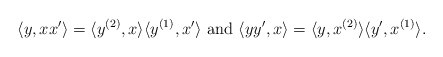
\begin{align*}&\langle y, xx'\rangle = \langle y^{(2)},x\rangle\langle y^{(1)},x' \rangle \mbox{ and }\langle yy', x\rangle = \langle y,x^{(2)}\rangle\langle y',x^{(1)} \rangle.\end{align*}